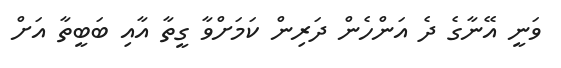
ވަނީ އޭނާގެ ދެ އަންހެން ދަރިން ކަމަށްވާ ގީތާ އާއި ބަބީތާ އަށް